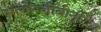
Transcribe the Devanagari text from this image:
मायोग्लोबीनूरिया